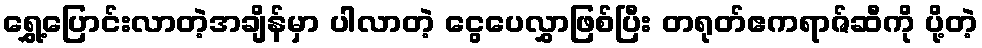
ရွှေ့ပြောင်းလာတဲ့အချိန်မှာ ပါလာတဲ့ ငွေပေလွှာဖြစ်ပြီး တရုတ်ဧကရာဇ်ဆီကို ပို့တဲ့